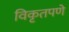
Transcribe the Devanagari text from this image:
विकृतपणे